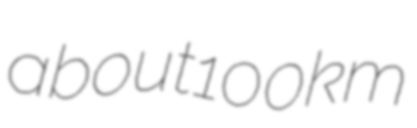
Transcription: about 100 km